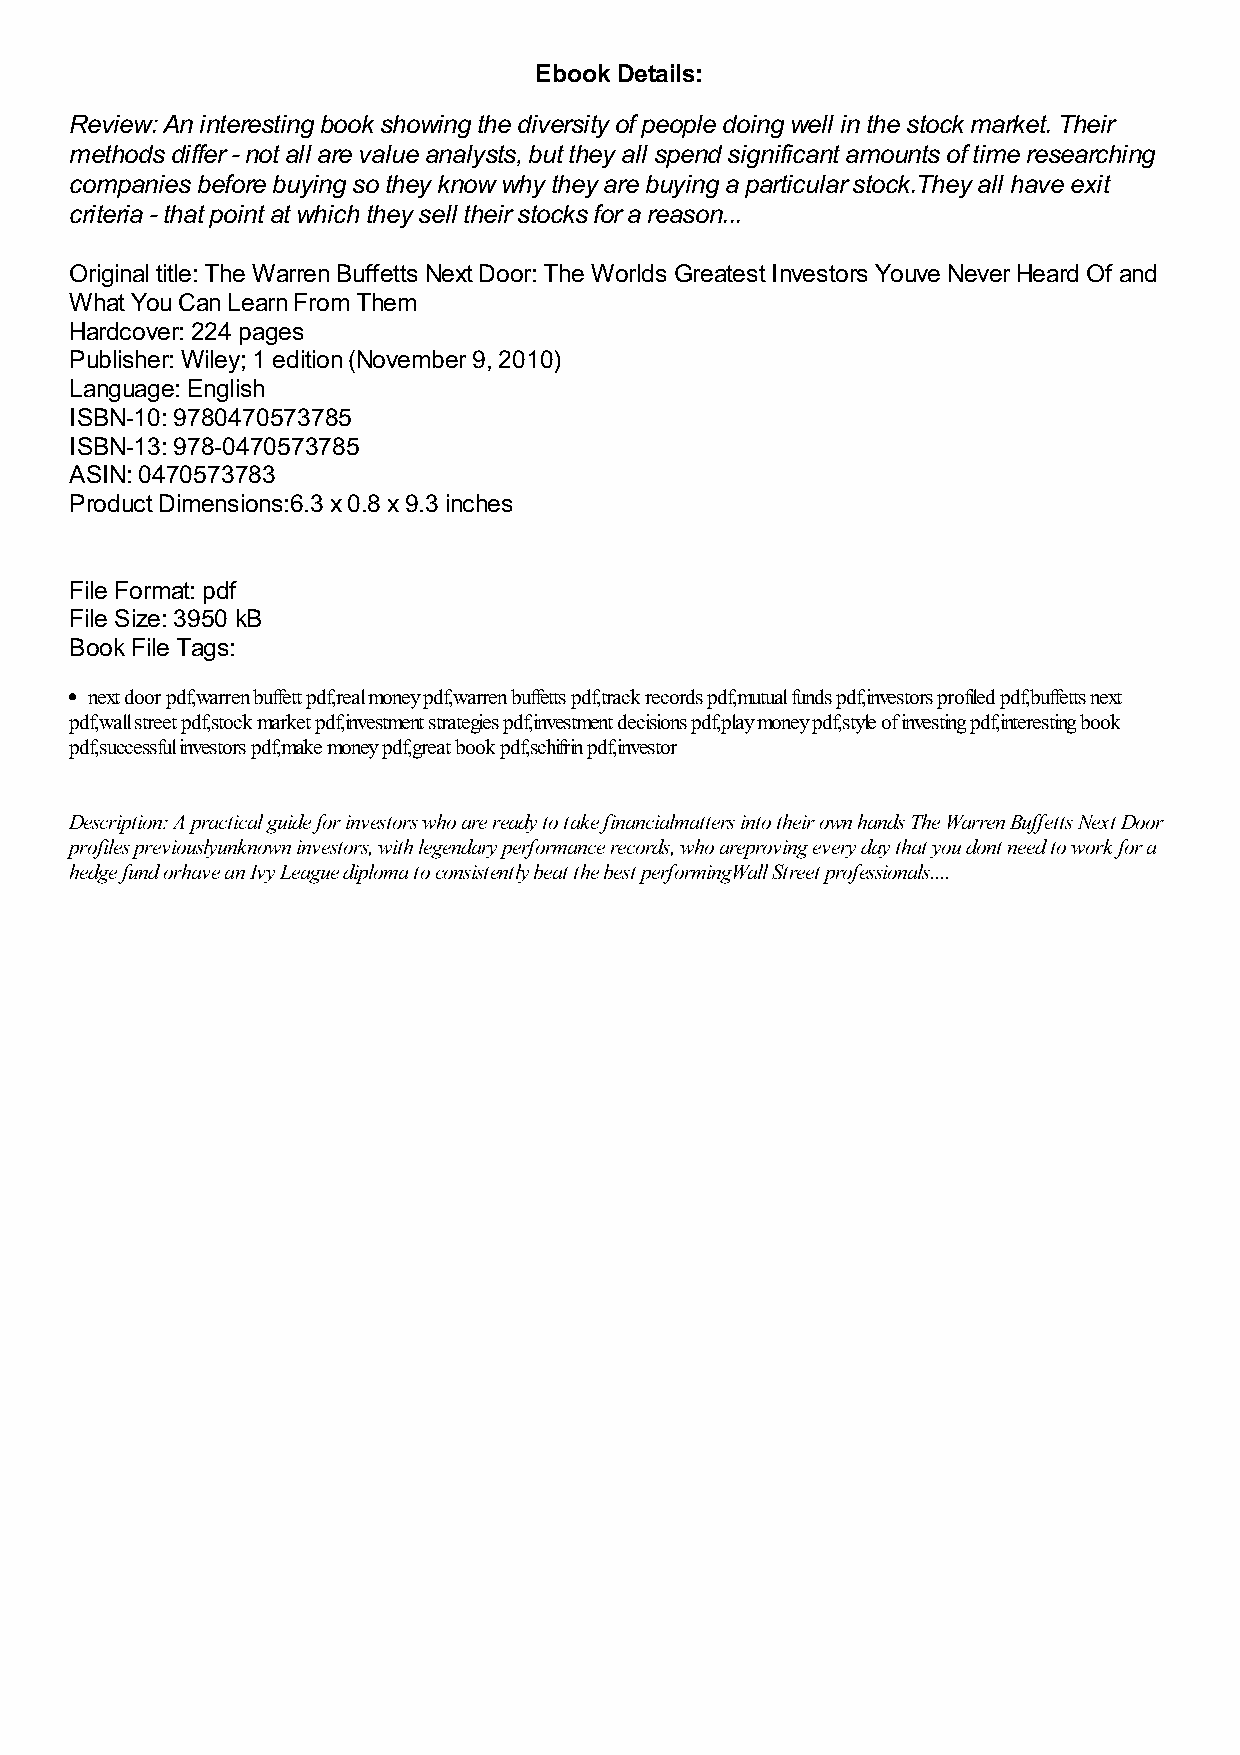
Ebook Details:
 Review: An interesting book showing the diversity of people doing well in the stock market. Their
 methods differ - not all are value analysts, but they all spend significant amounts of time researching
 companies before buying so they know why they are buying a particular stock.They all have exit
 criteria - that point at which they sell their stocks for a reason...
 Original title: The Warren Buffetts Next Door: The Worlds Greatest Investors Youve Never Heard Of and
 What You Can Learn From Them
 Hardcover: 224 pages
 Publisher: Wiley; 1 edition (November 9, 2010)
 Language: English
 ISBN-10: 9780470573785
 ISBN-13: 978-0470573785
 ASIN: 0470573783
 Product Dimensions:6.3 x 0.8 x 9.3 inches
 File Format: pdf
 File Size: 3950 kB
 Book File Tags:
 next door pdf,warren buffett pdf,real money pdf,warren buffetts pdf,track records pdf,mutual funds pdf,investors profiled pdf,buffetts next
 pdf,wall street pdf,stock market pdf,investment strategies pdf,investment decisions pdf,play money pdf,style of investing pdf,interesting book
 pdf,successful investors pdf,make money pdf,great book pdf,schifrin pdf,investor
 Description: A practical guide for investors who are ready to take financialmatters into their own hands The Warren Buffetts Next Door
 profiles previouslyunknown investors, with legendary performance records, who areproving every day that you dont need to work for a
 hedge fund orhave an Ivy League diploma to consistently beat the best performingWall Street professionals....